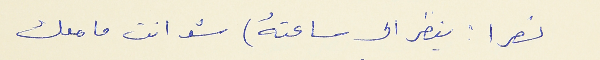
نصرا : ينضر الى ساعتهُ) شو انت ما معك